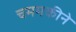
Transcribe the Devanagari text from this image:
चममकीने